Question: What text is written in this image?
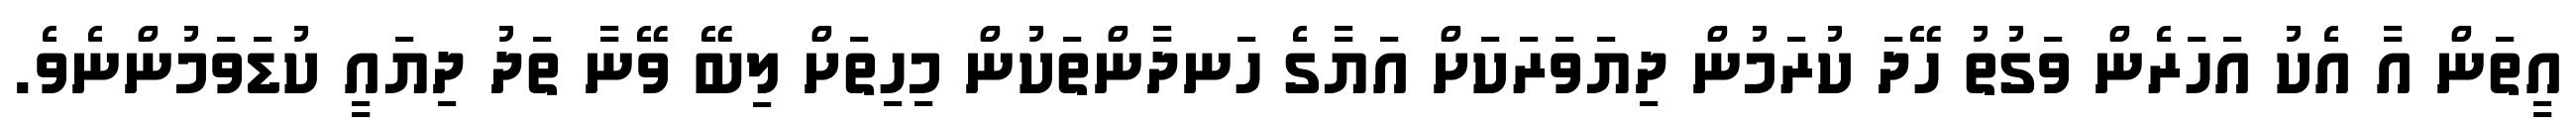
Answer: އީތަން އާ އެކު އަހަރެން ވަގުތު ހޭދަ ކުރަމުން ދިޔަވަރަކަށް އަޔާގެ ހަނދާންތަކުން މިހިތަށް ލިބޭ ވޭނާ ތަދު ދިޔައީ ކުޑަވަމުންނެވެ.